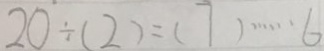
2 0 \div ( 2 ) = ( 7 ) \cdots 6